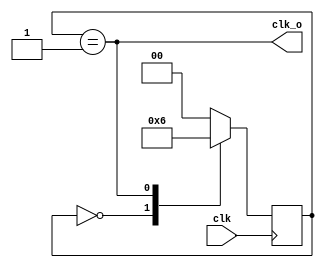
`timescale 1ns / 1ps
//////////////////////////////////////////////////////////////////////////////////
// Company: 
// Engineer: 
// 
// Design Name: 
// Module Name: clk_div_3
// Project Name: 
// Target Devices: 
// Tool Versions: 
// Description: 
// 
// Dependencies: 
// 
// Revision:
// Revision 0.01 - File Created
// Additional Comments:
// 
//////////////////////////////////////////////////////////////////////////////////


module clk_div_3(clk, clk_o);

        input clk;
        output clk_o;
        
        reg [1:0] state;
        
        always@(posedge clk)
        begin
            
            case(state)
                2'b00 : state <= 2'b01;
                2'b01 : state <= 2'b10;
                2'b10 : state <= 2'b00;
                default : state <= 2'b00;
            endcase
        end
       
       assign clk_o = (state == 2'b01);
            
endmodule